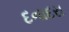
દનાદરા